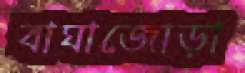
বাঘাজোড়া